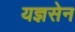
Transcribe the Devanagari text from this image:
यज्ञसेन